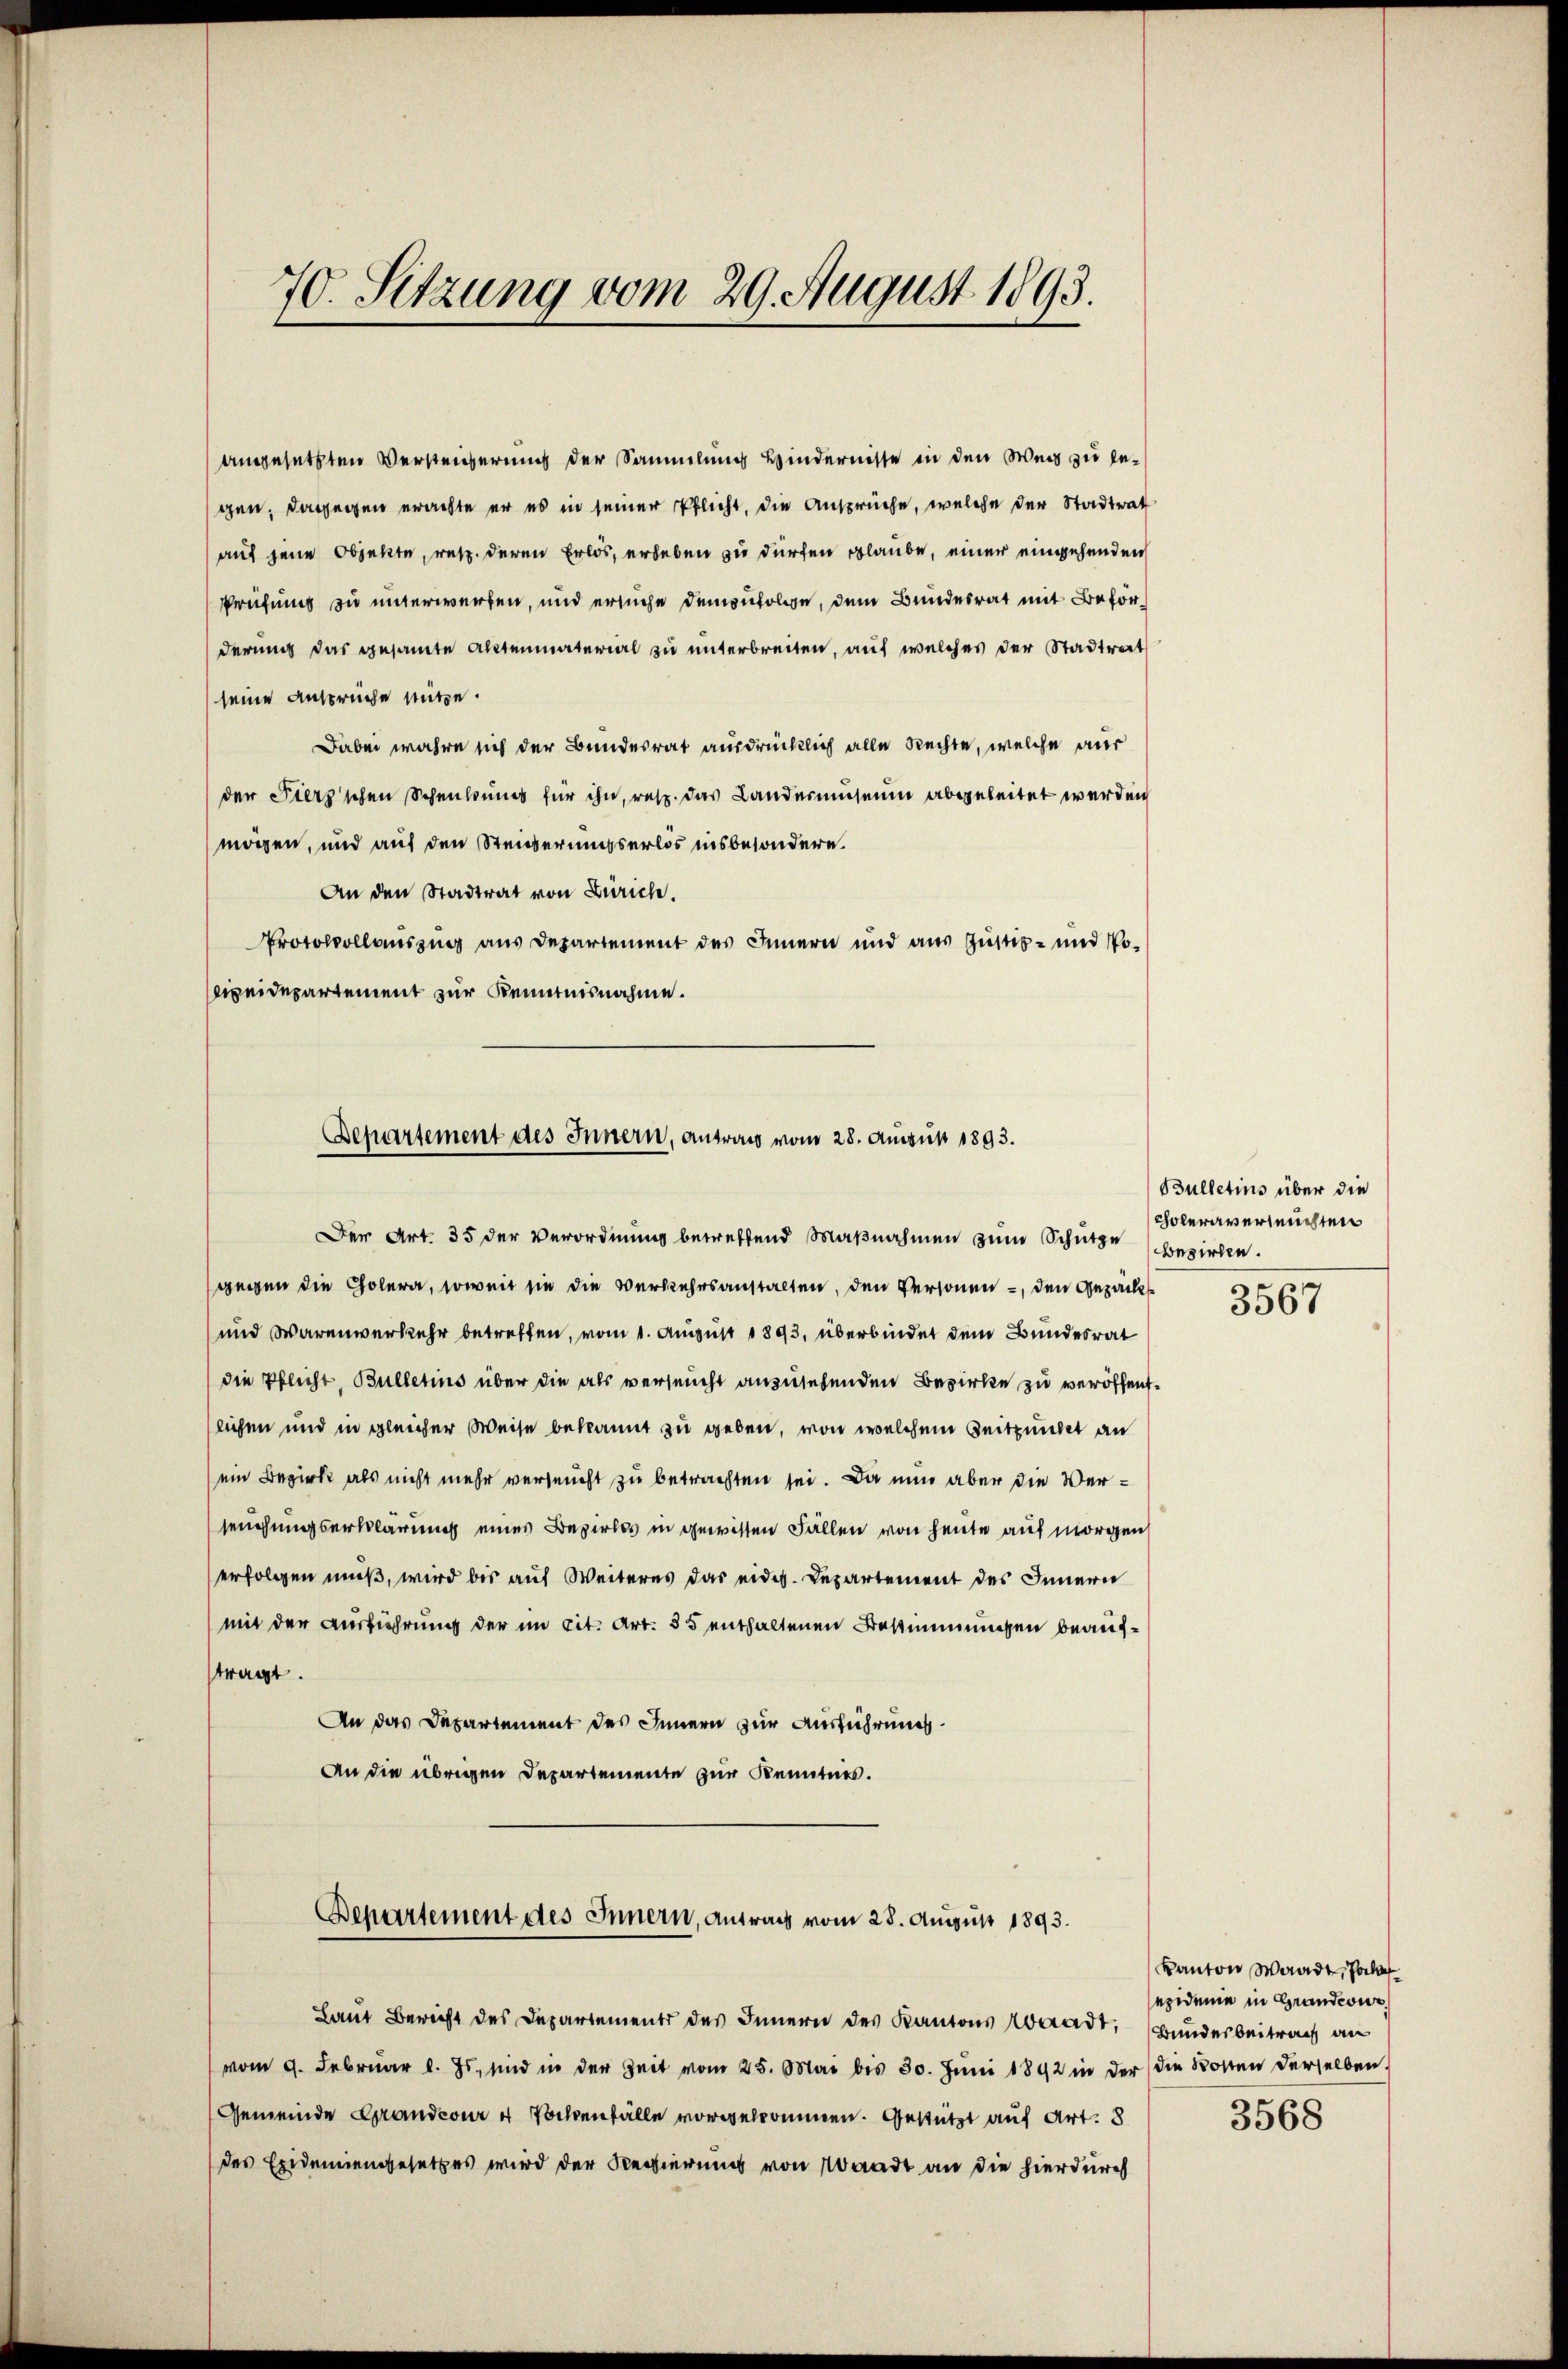
70. Sitzung vom 29. August 1893.

angesetzten Versteigerung der Sammlung Hindernisse in den Weg zu begen; dagegen erachte er es in seiner Pflicht, die Ansprüche, welche der Stadtrat
auf jene Objekte, resp. deren Erlös, erheben zu dürfen glaube, einer eingehenden
Prüfungs zu unterwerfen, und ersuche demzufolge, dem Bundesrat mit Beförderung das gesamte Aktenmaterial zu unterbreiten, auf welches der Stadtrat
seine Ansprüche nütze.
Dabei wahre sich der Bundesrat ausdrücklich alle Rechte, welche aus
der Fierzschen Schenkung für ihn, resp. das Landesmuseum abgeleitet werden
mögen, und auf den Steigerungserlös insbesondere.
An den Stadtrat von Zürich.
Protokollauszug aus Departement des Innern und aus Justiz- und Poipeidepartement zur Kenntnisnahme.

Bepartement des Innern, antrag vom 28. August 1893.

Der Art. 35 der Verordnung betreffend Maßnahmen zum Schütze bezirken.
gegen die Cholera, soweit sie die Verkehrsanstalten, den Personen, den Gepäck
und Warenverkehr betreffen, vom 1. August 1893, überbindet dem Bundesrat
die Pflicht, Bulletins über die als verseucht anzusehenden Bezirke zu veröffentslichen und in gleicher Weise bekannt zu geben, von welchem Zeitpunkt an
ein Bezirk als nicht mehr verseucht zu betrachten sei. Da nun aber die Verseuchungserklärung eines Bezirks in gewissen Fällen von heute auf morgen
erfolgen muß, wird bis auf Weiteres das eidg. Departement des Innern
mit der Ausführung der im cit. Art. 35 enthaltenen Bestimmungen beauftragt.
An das Departement des Innern zur Ausführung
An die übrigen Departemente zur Kenntnis.

Laut Bericht des Departements des Innern des Kantons Waadt, Bundesbeitrag an
vom 9. Februar l. Js. sind in der Zeit vom 25. Mai bis 30. Jŭni 1892 in der die Kosten derselben.
Gemeinde Grandcour u Tochtenfälle vorgekommen. Gestützt auf Art. 8
des Exidemiengesetzes wird der Regierung von Waadt an die hierdurch

Bepartement des Innern, Antrag vom 28. August 1893.

Bulletins über die
Choleraverseuchten

3567

Kanton Waadt, Joha
sepidemie in Grandcour

3568